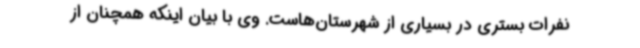
نفرات بستری در بسیاری از شهرستان‌هاست. وی با بیان اینکه همچنان از